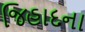
જિહાદના